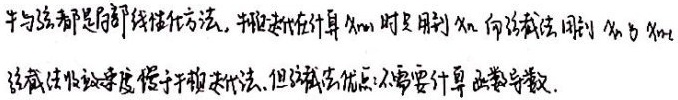
牛顿法与弦截法都是局部线性化方法, 牛顿迭代在计算 \(x_{n + 1}\) 时要用到 \(x_{n}\) 的导数, 而弦截法用到 \(x_{n}\) 与 \(x_{n - 1}\).弦截法收敛速度慢于牛顿迭代法, 但弦截法优点: 不需要计算函数导数.